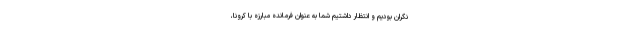
نگران بودیم و انتظار داشتیم شما به عنوان فرمانده مبارزه با کرونا،